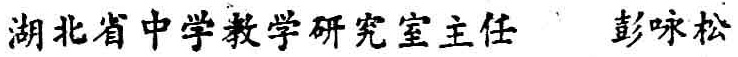
湖北省中学教学研究室主任 彭咏松